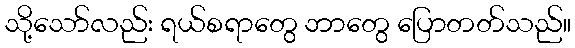
သို့သော်လည်း ရယ်စရာတွေ ဘာတွေ ပြောတတ်သည်။